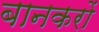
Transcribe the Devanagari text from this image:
बानकरों